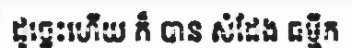
ដូច្នេះហើយ ក៏ បាន សំដែង ធម្មីក